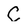
Character: C